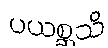
ပယစ္ဆသိ